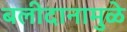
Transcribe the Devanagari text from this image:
बलीदानामुळे